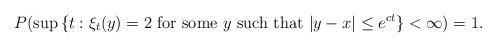
LaTeX: \begin{align*} P (\sup \,\{t : \xi_t (y) = 2 \ \hbox{for some} \ y \ \hbox{such that} \ |y - x| \leq e^{ct} \} < \infty) = 1.\end{align*}